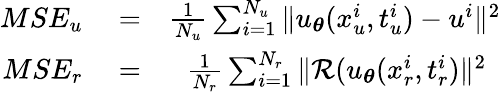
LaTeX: \begin{array}{rlr}{MSE_{u}}&{{}=}&{\frac{1}{N_{u}}\sum_{i=1}^{N_{u}}\| u_{\boldsymbol{\theta}}(x_{u}^{i},t_{u}^{i})-u^{i}\| ^{2}}\\ {MSE_{r}}&{{}=}&{\frac{1}{N_{r}}\sum_{i=1}^{N_{r}}\| \mathcal{R}(u_{\boldsymbol{\theta}}(x_{r}^{i},t_{r}^{i})\| ^{2}\, \, \, }\end{array}